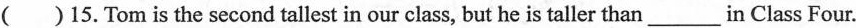
( )15.Tom is the second tallest in our class, but he is taller than___in Class Four.